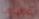
عندما